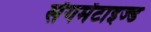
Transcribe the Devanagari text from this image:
सेंगमेंटाइज्ड